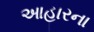
આહારના